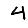
Digit: 4